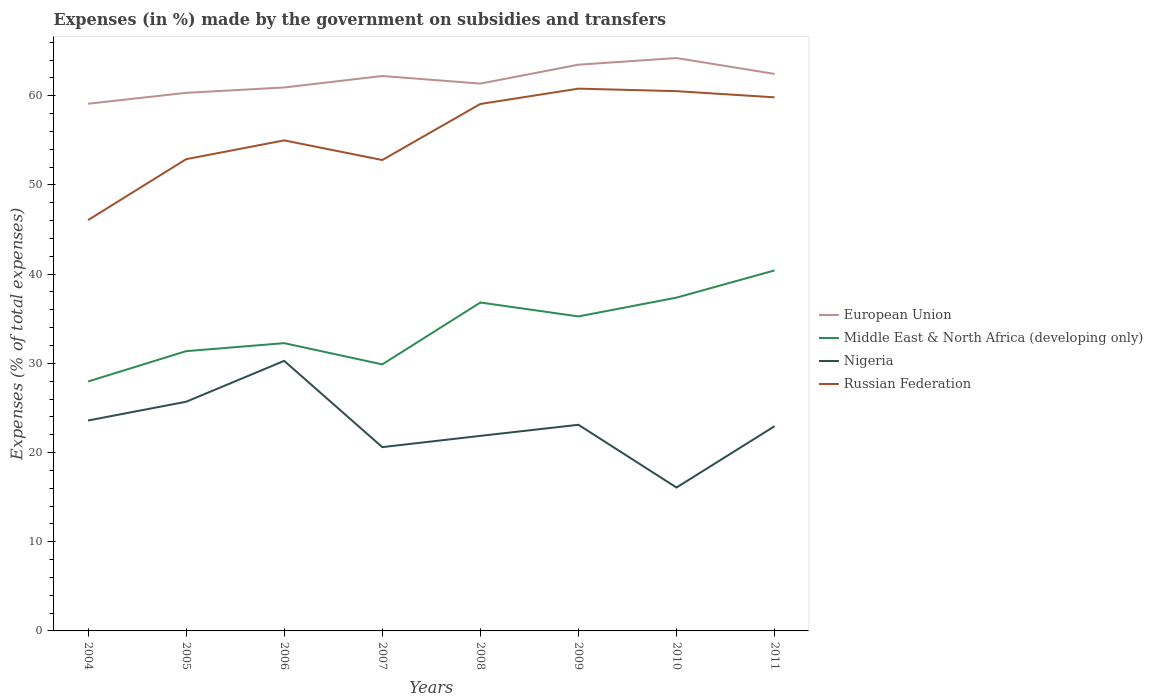
| Years | European Union | Middle East & North Africa (developing only) | Nigeria | Russian Federation |
 | --- | --- | --- | --- | --- |
 | 2004 | 59.1 | 28 | 23.6 | 46.1 |
 | 2005 | 60.3 | 31.4 | 25.7 | 52.9 |
 | 2006 | 60.9 | 32.3 | 30.3 | 55 |
 | 2007 | 62.2 | 29.9 | 20.6 | 52.8 |
 | 2008 | 61.4 | 36.8 | 21.9 | 59.1 |
 | 2009 | 63.5 | 35.3 | 23.1 | 60.8 |
 | 2010 | 64.2 | 37.4 | 16.1 | 60.5 |
 | 2011 | 62.4 | 40.4 | 23 | 59.8 |